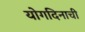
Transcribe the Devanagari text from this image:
योगदिनाची